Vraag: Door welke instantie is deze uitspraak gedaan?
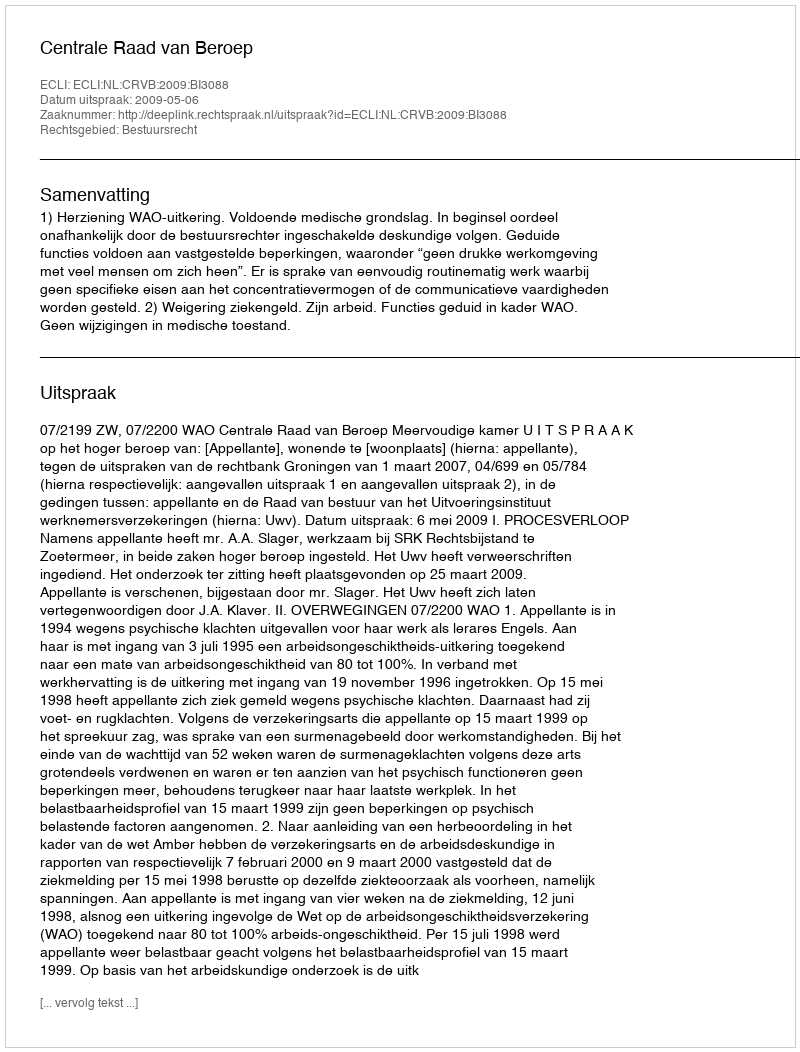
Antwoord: Centrale Raad van Beroep